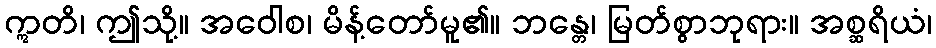
ဣတိ၊ ဤသို့။ အဝေါစ၊ မိန့်တော်မူ၏။ ဘန္တေ၊ မြတ်စွာဘုရား။ အစ္ဆရိယံ၊